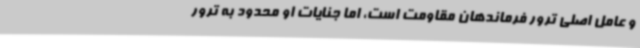
و عامل اصلی ترور فرماندهان مقاومت است، اما جنایات او محدود به ترور